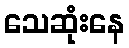
သေဆုံးနေ